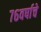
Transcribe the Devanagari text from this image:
७६वर्षाचे